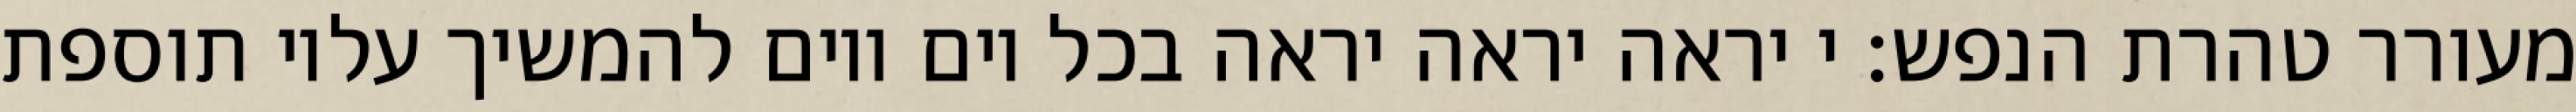
מעורר טהרת הנפש: י יראה יראה יראה בכל יום ויום להמשיך עליו תוספת